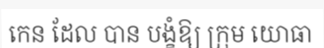
កេន ដែល បាន បង្ខំឱ្យ ក្រុម យោធា